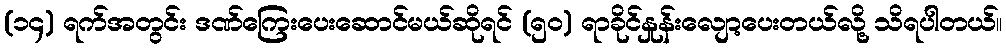
(၁၄) ရက်အတွင်း ဒဏ်ကြေးပေးဆောင်မယ်ဆိုရင် (၅၀) ရာခိုင်နှုန်းလျော့ပေးတယ်လို့ သိရပါတယ်။